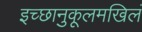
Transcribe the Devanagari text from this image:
इच्छानुकूलमखिलं